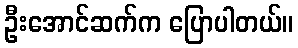
ဦးအောင်ဆက်က ပြောပါတယ်။